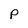
Character: p